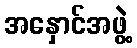
အနှောင်အဖွဲ့